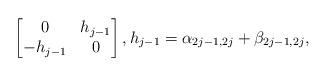
LaTeX: \begin{align*}\begin{bmatrix}0&h_{j-1}\\-h_{j-1}&0\end{bmatrix},h_{j-1}=\alpha_{2j-1,2j}+\beta_{2j-1,2j},\end{align*}